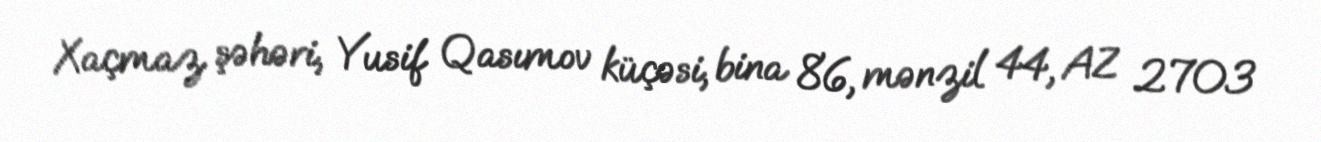
Xaçmaz şəhəri, Yusif Qasımov küçəsi, bina 86, mənzil 44, AZ 2703